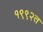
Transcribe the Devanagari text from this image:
१९९२त